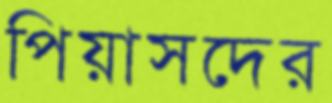
পিয়াসদের